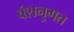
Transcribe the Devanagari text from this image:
वंशनुगत